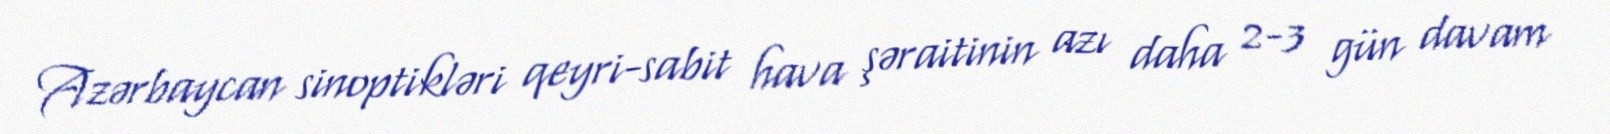
Azərbaycan sinoptikləri qeyri-sabit hava şəraitinin azı daha 2-3 gün davam